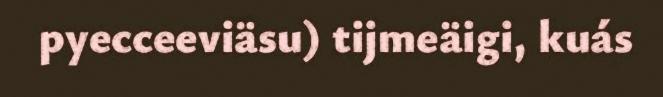
pyecceeviäsu) tijmeäigi, kuás